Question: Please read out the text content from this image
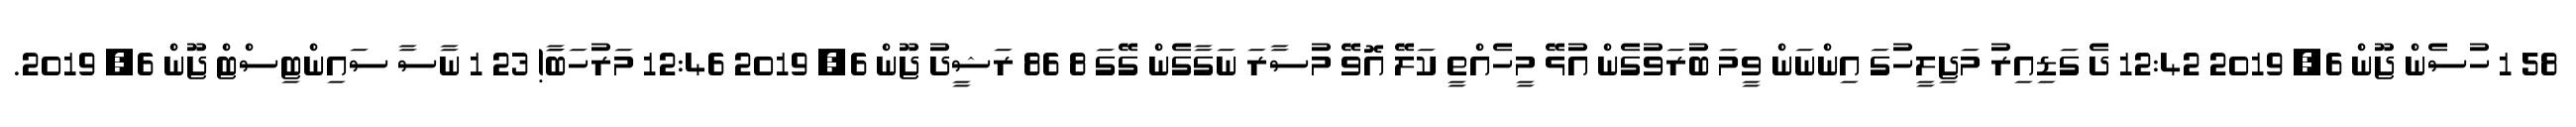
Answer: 58 1 ހުސެން ޖޫން 6, 2019 12:42 ދެ ގަޑިއިރު މަޖިލީހުގަ އިންނަން ވީމަ ބުރަވުގެން އުޅޭ މީހެއްތީ ކަލޭ އޮވޭ މުސާރަ ނަގާގެން ގޭގަ 8 86 ރަޝީދު ޖޫން 6, 2019 12:46 މަރުހަބާަ! 23 1 ނާސާ ސައިންޓިސްޓް ޖޫން 6, 2019.